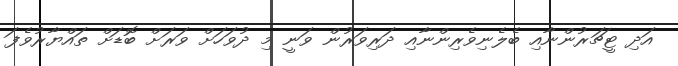
އަދި ޓީޗަރުންނާއި ބެލެނިވެރިންނާއި ދަރިވަރުން ވަނީ މި ދުވަހަށް ވަރަށް ބޮޑަށް ތައްޔާރުވެފަ